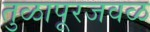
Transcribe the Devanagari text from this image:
तुळापूरजवळ